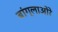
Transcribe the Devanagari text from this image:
बांग्लाओरे